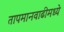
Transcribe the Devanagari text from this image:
तापमानवाढीमध्ये